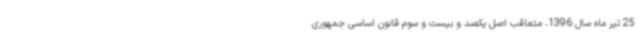
25 تیر ماه سال 1396، متعاقب اصل یکصد و بیست و سوم قانون اساسی جمهوری